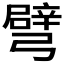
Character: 𢐦